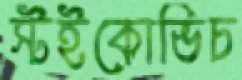
স্টইকোভিচ